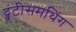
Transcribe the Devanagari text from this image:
ट्वंटीसमथिंग